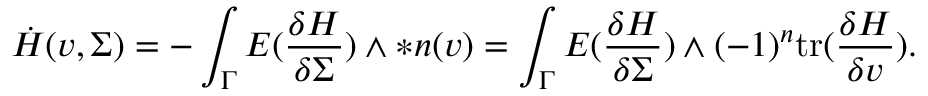
\dot { H } ( v , \Sigma ) = - \int _ { \Gamma } E ( \frac { \delta H } { \delta \Sigma } ) \wedge \ast \boldsymbol { n } ( v ) = \int _ { \Gamma } E ( \frac { \delta H } { \delta \Sigma } ) \wedge ( - 1 ) ^ { n } \mathrm { t r } ( \frac { \delta H } { \delta v } ) .